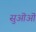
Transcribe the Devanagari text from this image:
सुऒऒ